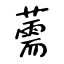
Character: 薷